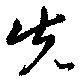
先